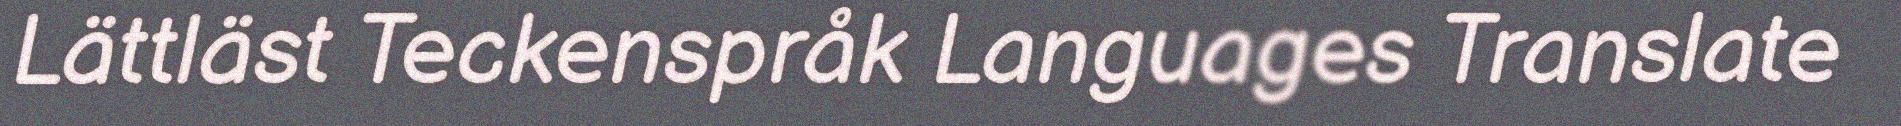
Lättläst Teckenspråk Languages Translate